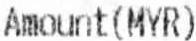
AMOUNT(MYR)